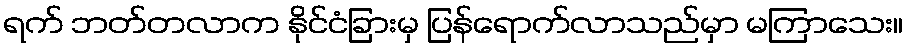
ရက် ဘတ်တလာက နိုင်ငံခြားမှ ပြန်ရောက်လာသည်မှာ မကြာသေး။